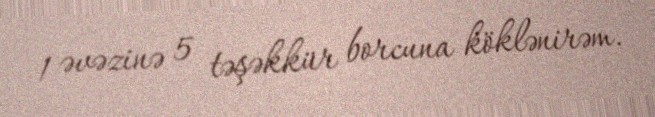
1 əvəzinə 5 təşəkkür borcuna köklənirəm.